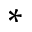
^ *